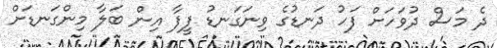
ދެ މަސް ދުވަހަށް ފަހު ދަނޑުގެ ވިނަގަނޑު ފީފާ އިން ބަލާ މިންގަނޑަށް